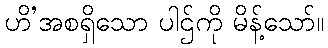
ဟိ’အစရှိသော ပါဌ်ကို မိန့်သော်။